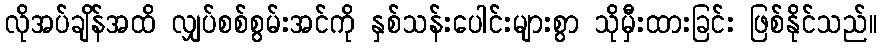
လိုအပ်ချိန်အထိ လျှပ်စစ်စွမ်းအင်ကို နှစ်သန်းပေါင်းများစွာ သိုမှီးထားခြင်း ဖြစ်နိုင်သည်။